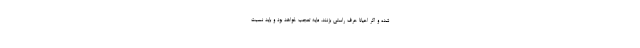
شده و اگر احیانا حرف راستی بزنند، مایه تعجب خواهد بود و باید نسبت